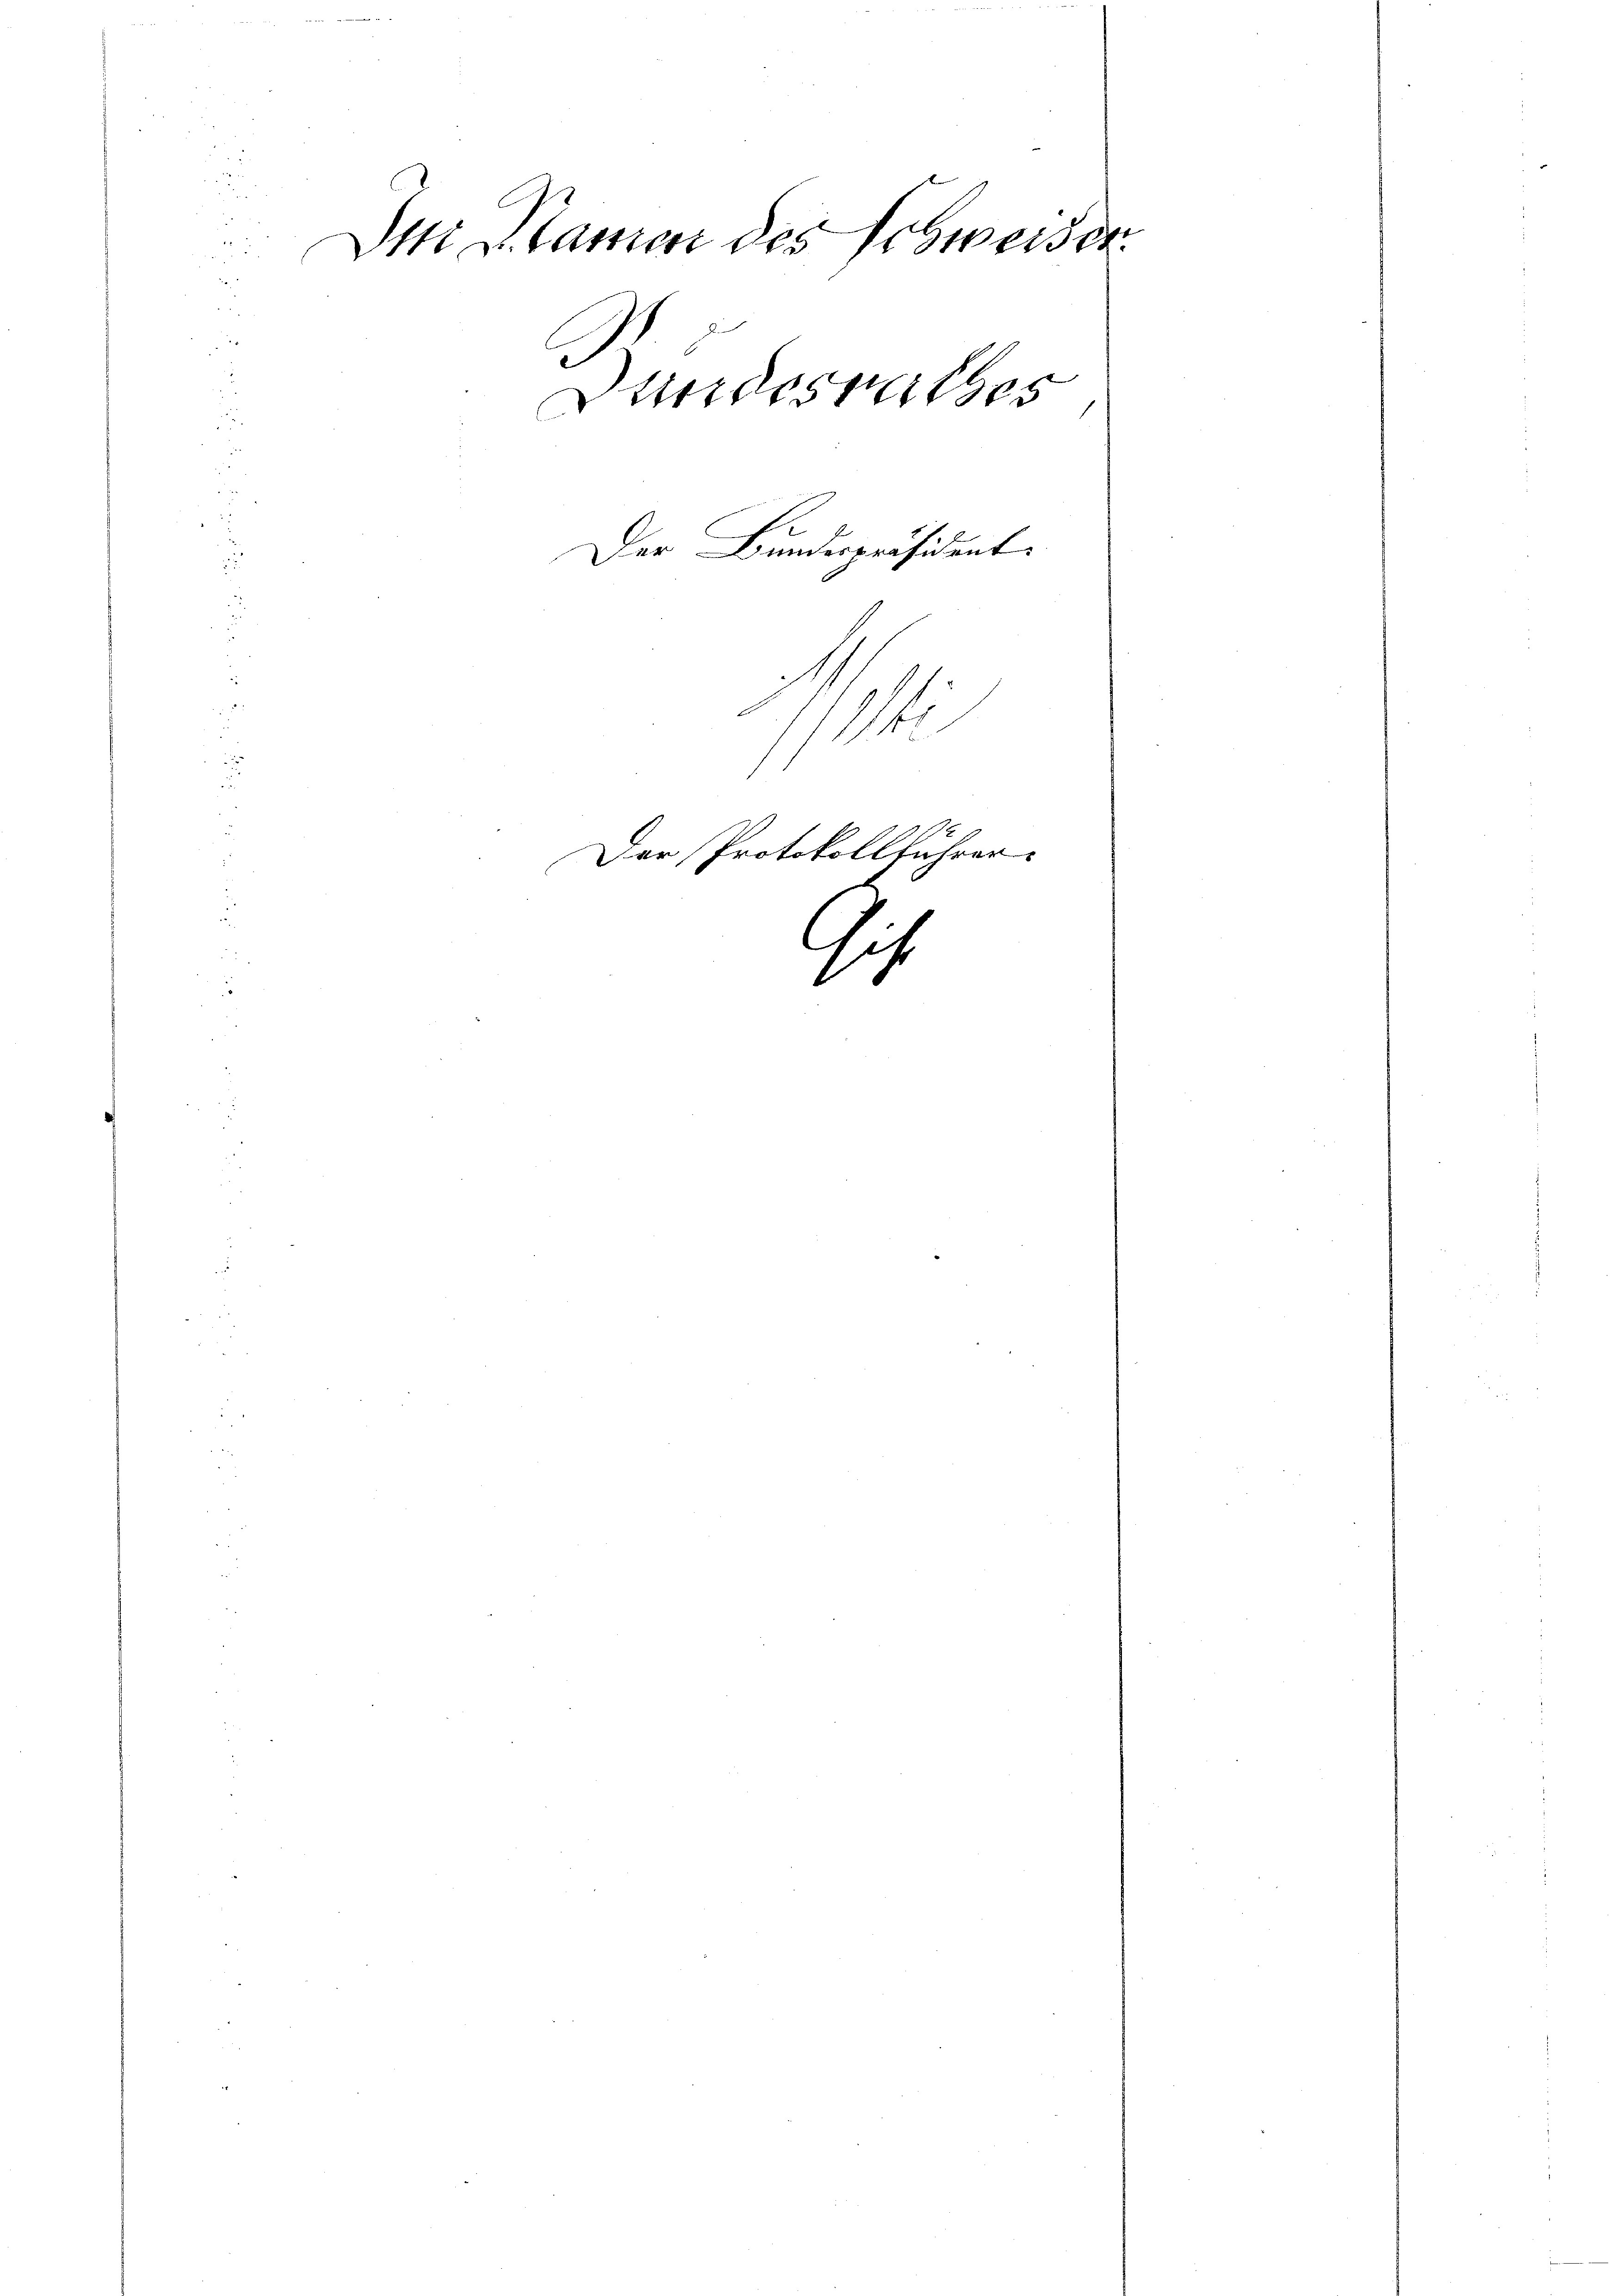
Den Namen des Schweiser.
Bundesrathes
Der Bundespräsident.
1
Der Protokollführer

Ais

.